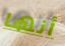
أنها